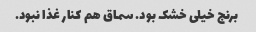
برنج خیلی خشک بود. سماق هم کنار غذا نبود.